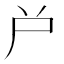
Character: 𡰤